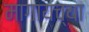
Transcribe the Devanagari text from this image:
मागायच्या